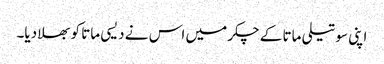
اپنی سوتیلی ماتا کے چکر میں اس نے دیسی ماتا کو بھلا دیا۔